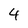
Character: 4